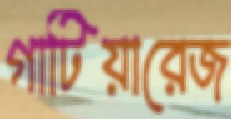
গাটিয়ারেজ